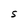
Character: S